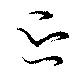
退